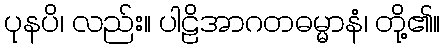
ပုနပိ၊ လည်း။ ပါဠိအာဂတဓမ္မာနံ၊ တို့၏။